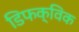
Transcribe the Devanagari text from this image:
डिफक्विक